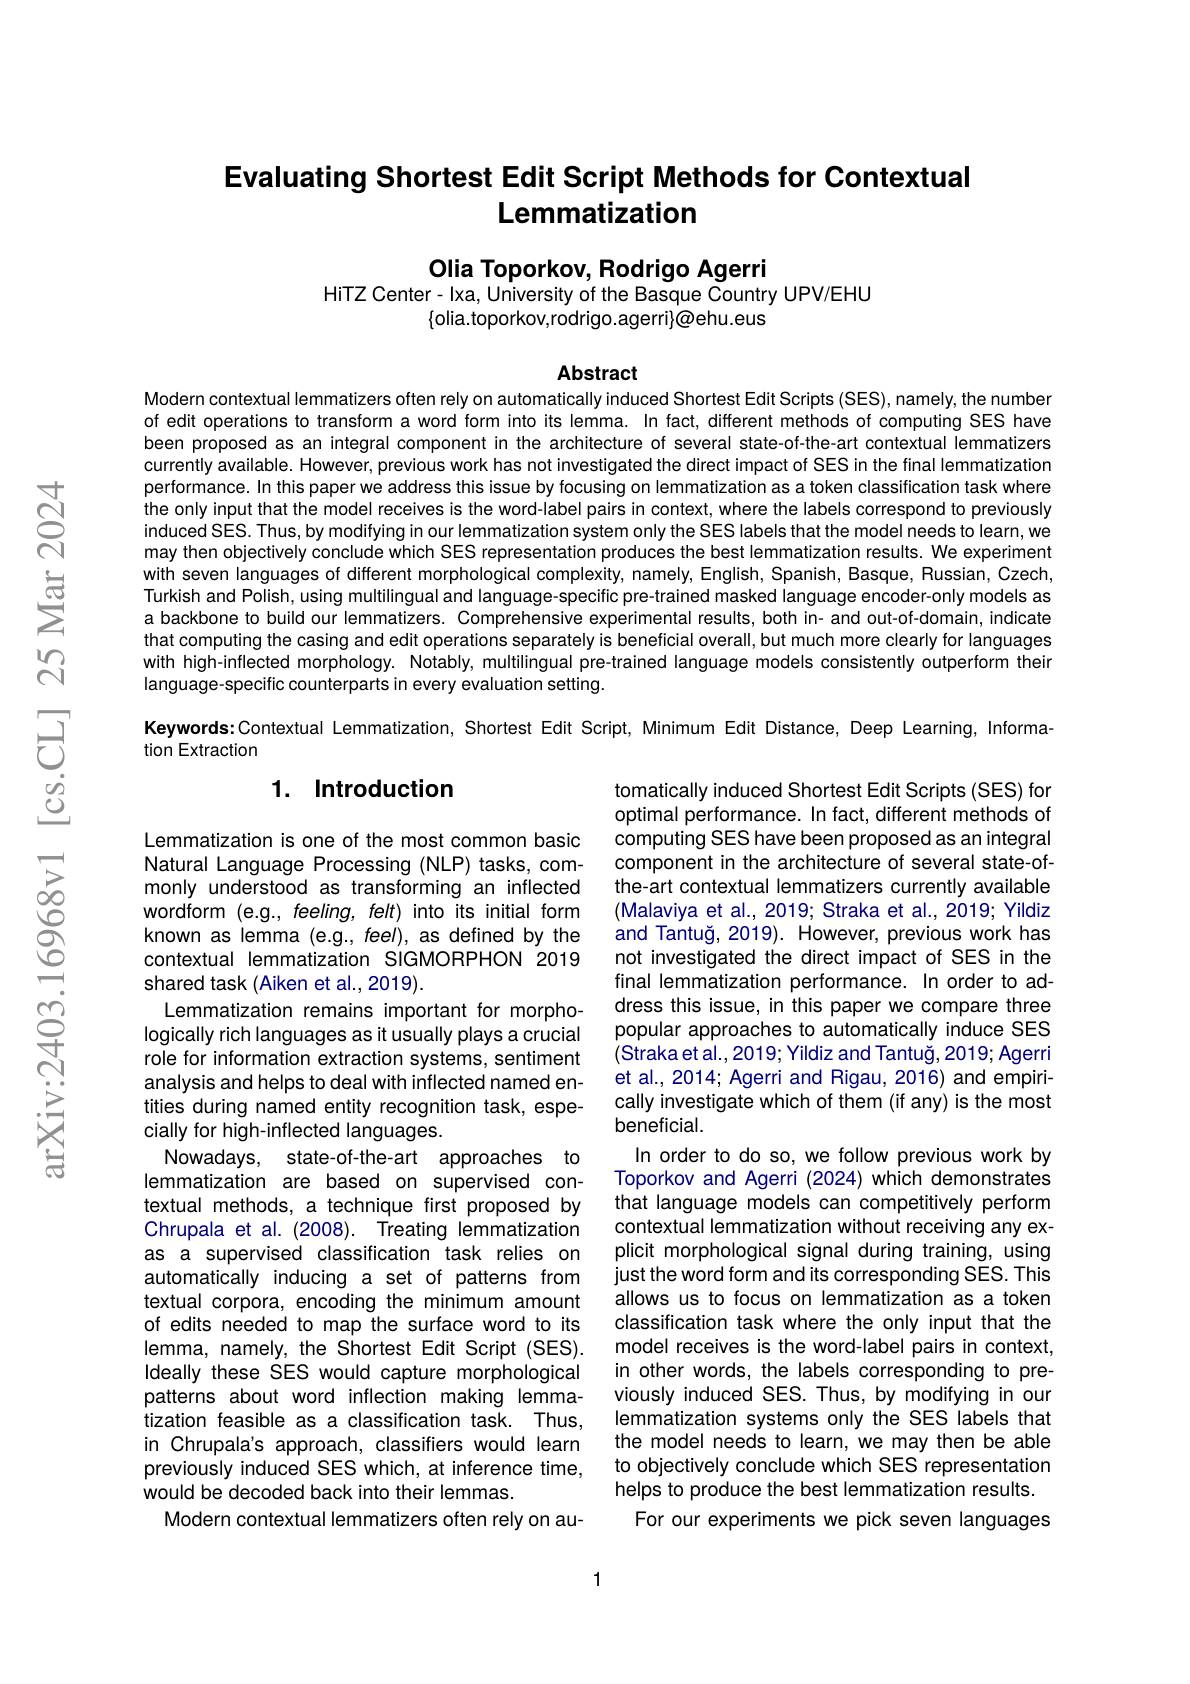
# Evaluating Shortest Edit Script Methods for Contextual Lemmatization

Olia Toporkov, Rodrigo Agerri
HiTZ Center- Ixa, University of the Basque Country UPV/EHU

$\{$olia.toporkov,rodrigo.agerri}@ehu.eus

Abstract
Modern contextual lemmatizers often rely on automatically induced Shortest Edit Scripts (SES), namely, the number

of edit operations to transform a word form into its lemma. In fact, different methods of computing SES have been proposed as an integral component in the architecture of several state-of-the-art contextual lemmatizers currently available. However, previous work has not investigated the direct impact of SES in the final lemmatization performance. In this paper we address this issue by focusing on lemmatization as a token classification task where the only input that the model receives is the word-label pairs in context, where the labels correspond to previously induced SES. Thus, by modifying in our lemmatization system only the SES labels that the model needs to learn, we may then objectively conclude which SES representation produces the best lemmatization results. We experiment with seven languages of different morphological complexity, namely, English, Spanish, Basque, Russian, Czech, Turkish and Polish, using multilingual and language-specific pre-trained masked language encoder-only models as a backbone to build our lemmatizers. Comprehensive experimental results, both in- and out-of-domain, indicate that computing the casing and edit operations separately is beneficial overall, but much more clearly for languages with high-inflected morphology. Notably, multilingual pre-trained language models consistently outperform their language-specific counterparts in every evaluation setting.

Keywords: Contextual Lemmatization, Shortest Edit Script, Minimum Edit Distance, Deep Learning, Informa-

tion Extraction

## 1. Introduction

tomatically induced Shortest Edit Scripts (SES) for optimal performance. In fact, different methods of computing SES have been proposed as an integral component in the architecture of several state-ofthe-art contextual lemmatizers currently available (Malaviya et al., 2019; Straka et al., 2019; Yildiz and Tantuğ, 2019). However, previous work has not investigated the direct impact of SES in the final lemmatization performance. In order to address this issue, in this paper we compare three popular approaches to automatically induce SES (Straka et al.,2019; Yildiz and Tantuğ, 2019; Agerri et al., 2014; Agerri and Rigau, 2016) and empirically investigate which of them (if any) is the most beneficial.
In order to do so, we follow previous work by Toporkov and Agerri (2024) which demonstrates that language models can competitively perform contextual lemmatization without receiving any explicit morphological signal during training, using just the word form and its corresponding SES. This allows us to focus on lemmatization as a token classification task where the only input that the model receives is the word-label pairs in context, in other words, the labels corresponding to previously induced SES. Thus, by modifying in our lemmatization systems only the SES labels that the model needs to learn, we may then be able to objectively conclude which SES representation helps to produce the best lemmatization results.
For our experiments we pick seven languages

Lemmatization is one of the most common basic Natural Language Processing (NLP) tasks, commonly understood as transforming an inflected wordform (e.g., feeling, felt) into its initial form known as lemma (e.g., feel), as defined by the contextual lemmatization SIGMORPHON 2019 shared task (Aiken et al., 2019).
Lemmatization remains important for morphologically rich languages as it usually plays a crucial role for information extraction systems, sentiment analysis and helps to deal with inflected named entities during named entity recognition task, especially for high-inflected languages.
Nowadays, state-of-the-art approaches to lemmatization are based on supervised contextual methods, a technique first proposed by Chrupala et al. (2008). Treating lemmatization as a supervised classification task relies on automatically inducing a set of patterns from textual corpora, encoding the minimum amount of edits needed to map the surface word to its lemma, namely, the Shortest Edit Script (SES). Ideally these SES would capture morphological patterns about word inflection making lemmatization feasible as a classification task. Thus, in Chrupala's approach, classifiers would learn previously induced SES which, at inference time, would be decoded back into their lemmas.
Modern contextual lemmatizers often rely on au-

1